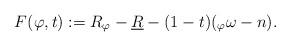
LaTeX: \begin{align*}F(\varphi, t):= R_{\varphi} - \underline{R} -(1-t)(_{\varphi} \omega - n).\end{align*}